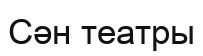
Сән театры